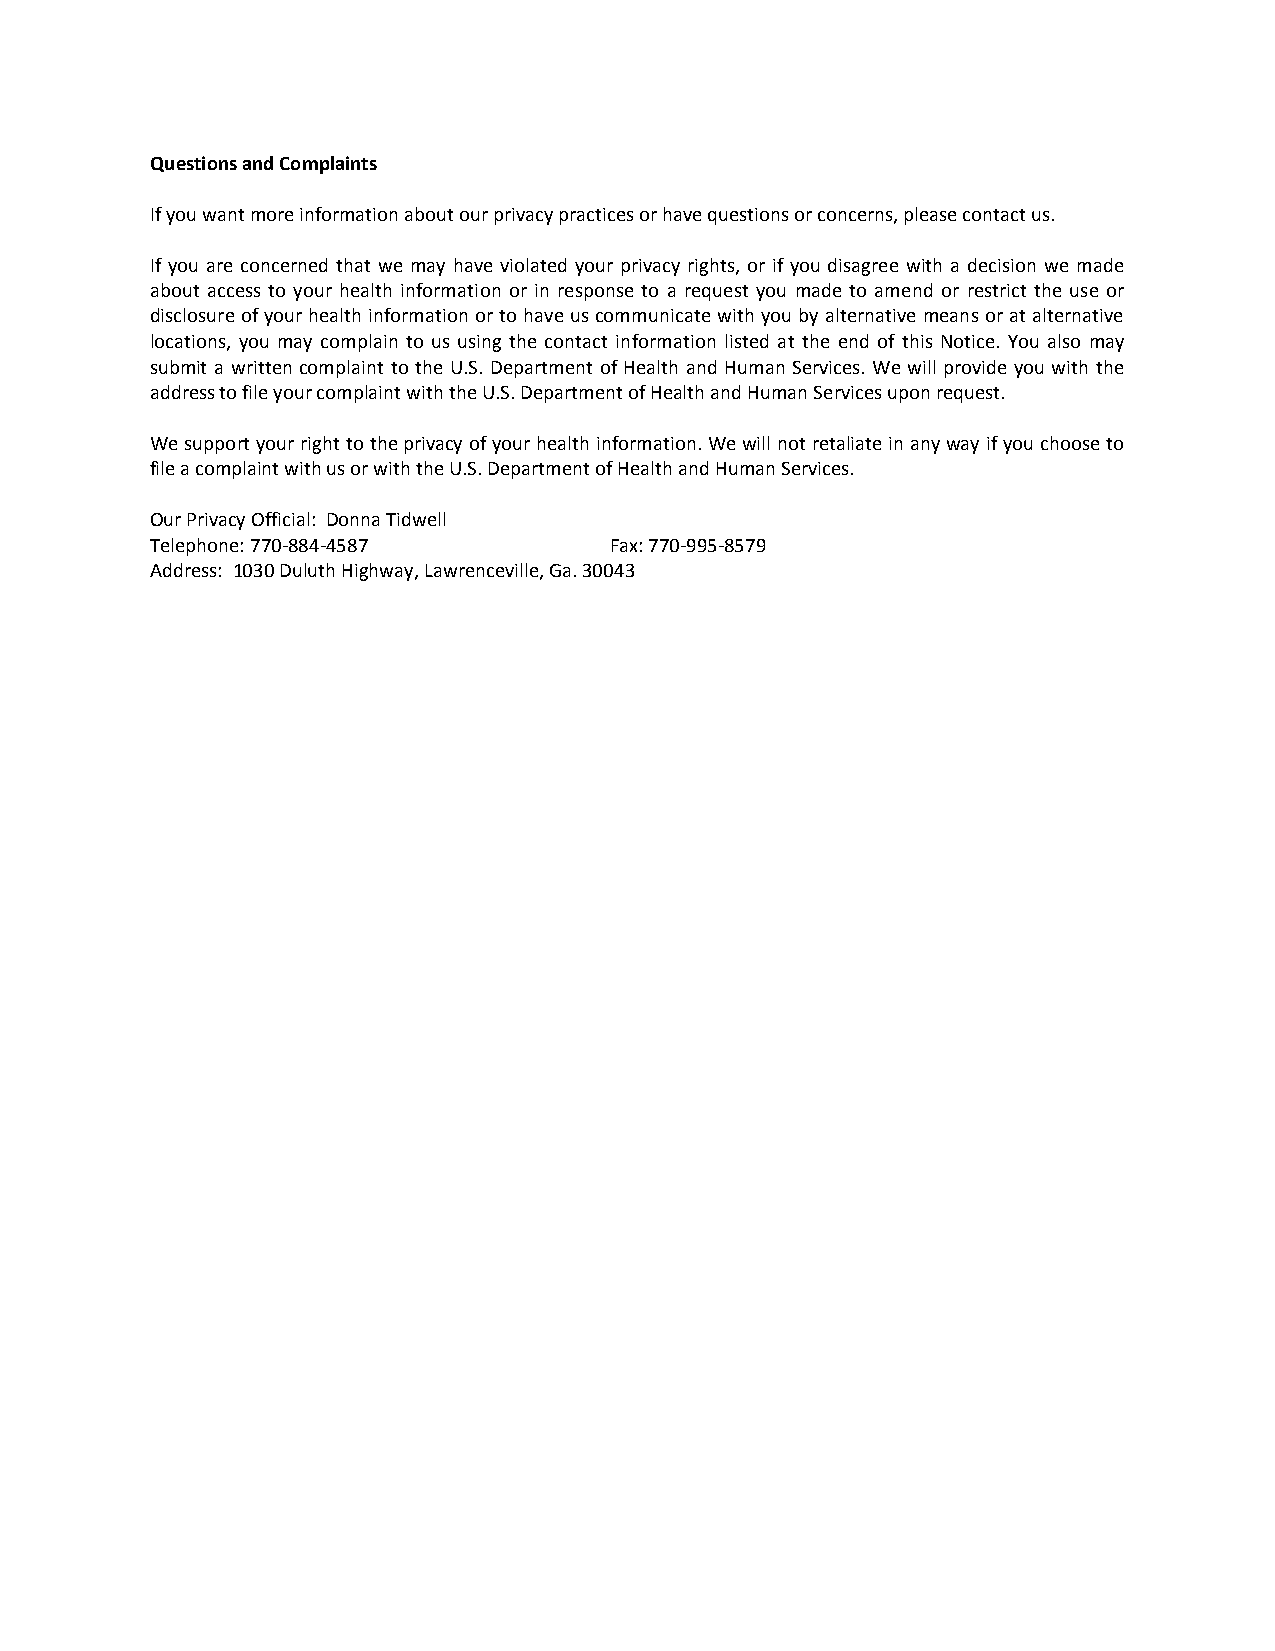
Questions and Complaints
 If you want more information about our privacy practices or have questions or concerns, please contact us.
 If you are concerned that we may have violated your privacy rights, or if you disagree with a decision we made
 about access to your health information or in response to a request you made to amend or restrict the use or
 disclosure of your health information or to have us communicate with you by alternative means or at alternative
 locations, you may complain to us using the contact information listed at the end of this Notice. You also may
 submit a written complaint to the U.S. Department of Health and Human Services. We will provide you with the
 address to file your complaint with the U.S. Department of Health and Human Services upon request.
 We support your right to the privacy of your health information. We will not retaliate in any way if you choose to
 file a complaint with us or with the U.S. Department of Health and Human Services.
 Our Privacy Official: Donna Tidwell
 Telephone: 770-884-4587       Fax: 770-995-8579
 Address: 1030 Duluth Highway, Lawrenceville, Ga. 30043